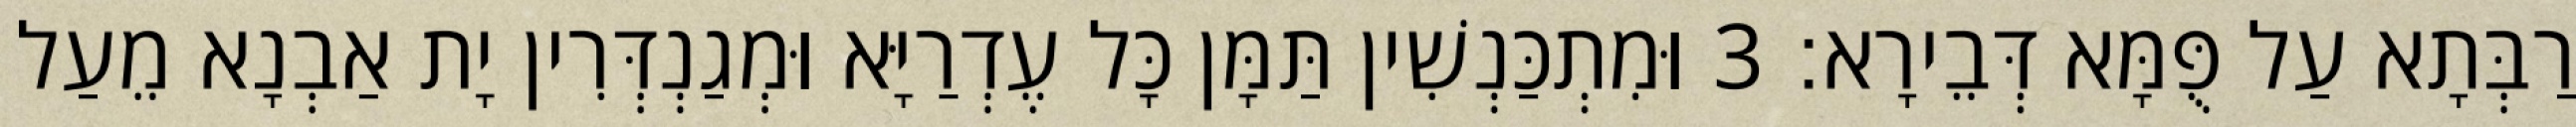
רַבְּתָא עַל פֻּמָּא דְּבֵירָא׃ 3 וּמִתְכַּנְשִׁין תַּמָּן כָּל עֶדְרַיָּא וּמְגַנְדְּרִין יָת אַבְנָא מֵעַל